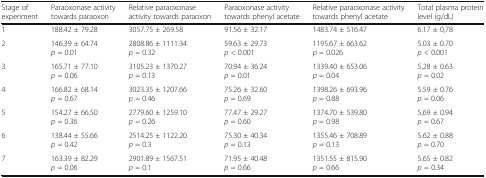
| Stage of experiment | Paraoxonase activity towards paraoxon | Relative paraoxonase activity towards paraoxon | Paraoxonase activity towards phenyl acetate | Relative paraoxonase activity towards phenyl acetate | Total plasma protein level (g/dL) |
 | --- | --- | --- | --- | --- | --- |
 | 1 | 188.42 ± 79.28 | 3057.75 ± 269.58 | 91.56 ± 32.17 | 1483.74 ± 516.47 | 6.17 ± 0,78 |
 | 2 | 146.39 ± 64.74p = 0.01 | 2808.86 ± 1111.34p = 0.32 | 59.63 ± 29.73p < 0.001 | 1195.67 ± 663.62p = 0.026 | 5.03 ± 0.70p < 0.001 |
 | 3 | 165.71 ± 77.10p = 0.06 | 3105.23 ± 1370.27p = 0.13 | 70.94 ± 36.24p = 0.01 | 1339.40 ± 653.06p = 0.04 | 5,28 ± 0.63p = 0.02 |
 | 4 | 166.82 ± 68.14p = 0.67 | 3023.35 ± 1207.66p = 0.46 | 75.26 ± 32.60p = 0.69 | 1398.26 ± 693.96p = 0.88 | 5.59 ± 0.76p = 0.06 |
 | 5 | 154.27 ± 66.50p = 0.36 | 2779.60 ± 1259.10p = 0.26 | 77.47 ± 29.27p = 0.60 | 1374.70 ± 539.80p = 0.98 | 5,69 ± 0.94p = 0.67 |
 | 6 | 138.44 ± 55.66p = 0.42 | 2514.25 ± 1122.20p = 0.3 | 75.30 ± 40.34p = 0.13 | 1355.46 ± 708.89p = 0.13 | 5.62 ± 0.88p = 0.70 |
 | 7 | 163.39 ± 82.29p = 0.06 | 2901.89 ± 1567.51p = 0.1 | 71.95 ± 40.48p = 0.66 | 1351.55 ± 815.90p = 0.66 | 5.65 ± 0.82p = 0.34 |